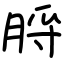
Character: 脟